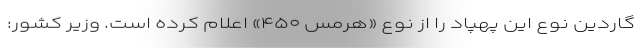
گاردین نوع این پهپاد را از نوع «هرمس ۴۵۰» اعلام کرده است. وزیر کشور: